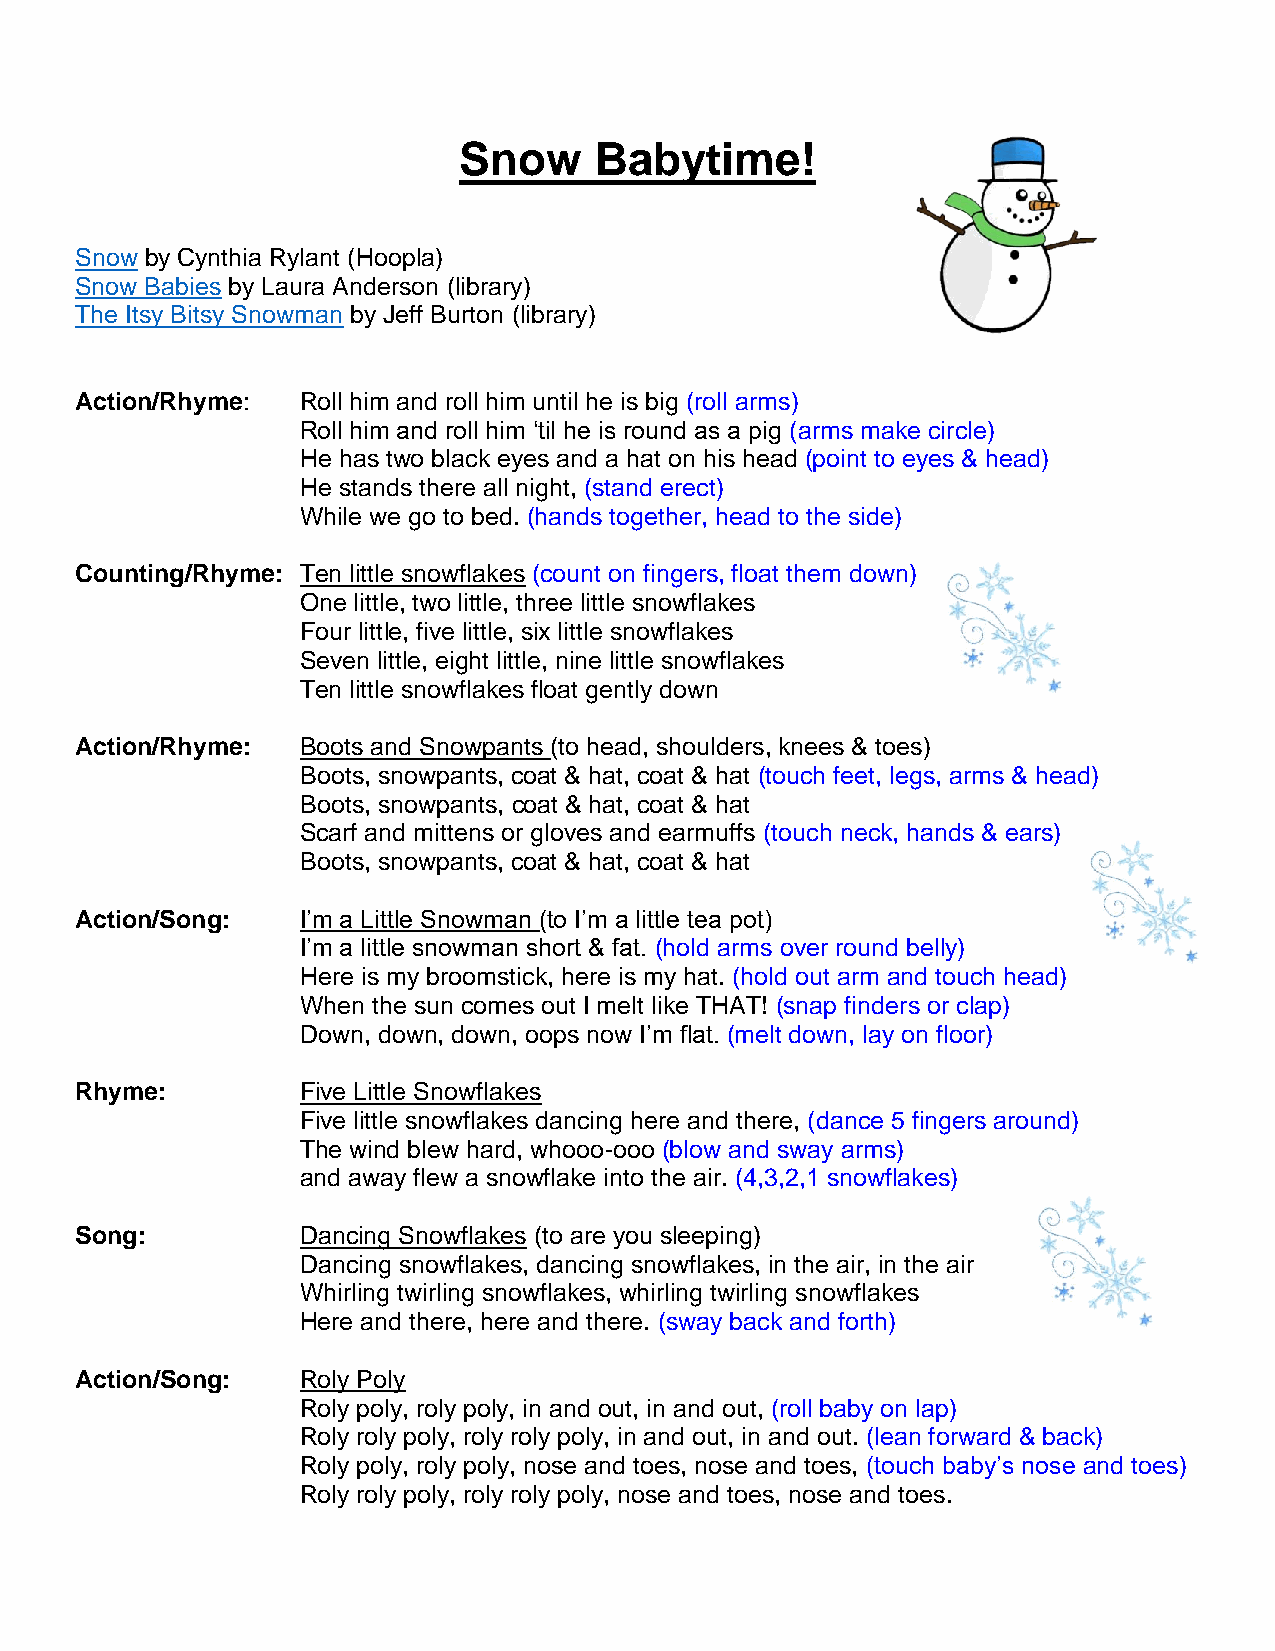
Snow     Babytime!
 Snow by Cynthia Rylant (Hoopla)
 Snow Babies by Laura Anderson (library)
 The Itsy Bitsy Snowman by Jeff Burton (library)
 Action/Rhyme:  Roll him and roll him until he is big (roll arms)
 Roll him and roll him ‘til he is round as a pig (arms make circle)
 He has two black eyes and a hat on his head (point to eyes & head)
 He stands there all night, (stand erect)
 While we go to bed. (hands together, head to the side)
 Counting/Rhyme: Ten little snowflakes (count on fingers, float them down)
 One little, two little, three little snowflakes
 Four little, five little, six little snowflakes
 Seven little, eight little, nine little snowflakes
 Ten little snowflakes float gently down
 Action/Rhyme:  Boots and Snowpants (to head, shoulders, knees & toes)
 Boots, snowpants, coat & hat, coat & hat (touch feet, legs, arms & head)
 Boots, snowpants, coat & hat, coat & hat
 Scarf and mittens or gloves and earmuffs (touch neck, hands & ears)
 Boots, snowpants, coat & hat, coat & hat
 Action/Song:   I’m a Little Snowman (to I’m a little tea pot)
 I’m a little snowman short & fat. (hold arms over round belly)
 Here is my broomstick, here is my hat. (hold out arm and touch head)
 When the sun comes out I melt like THAT! (snap finders or clap)
 Down, down, down, oops now I’m flat. (melt down, lay on floor)
 Rhyme:         Five Little Snowflakes
 Five little snowflakes dancing here and there, (dance 5 fingers around)
 The wind blew hard, whooo-ooo (blow and sway arms)
 and away flew a snowflake into the air. (4,3,2,1 snowflakes)
 Song:          Dancing Snowflakes (to are you sleeping)
 Dancing snowflakes, dancing snowflakes, in the air, in the air
 Whirling twirling snowflakes, whirling twirling snowflakes
 Here and there, here and there. (sway back and forth)
 Action/Song:   Roly Poly
 Roly poly, roly poly, in and out, in and out, (roll baby on lap)
 Roly roly poly, roly roly poly, in and out, in and out. (lean forward & back)
 Roly poly, roly poly, nose and toes, nose and toes, (touch baby’s nose and toes)
 Roly roly poly, roly roly poly, nose and toes, nose and toes.